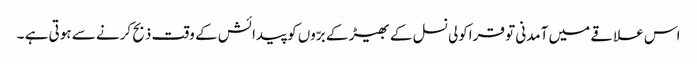
اس علاقے میں آمدنی تو قراکولی نسل کے بھیڑ کے برّوں کو پیدائش کے وقت ذبح کرنے سے ہوتی ہے ۔